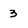
Character: 3